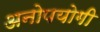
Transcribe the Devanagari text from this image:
अनोपयोगी